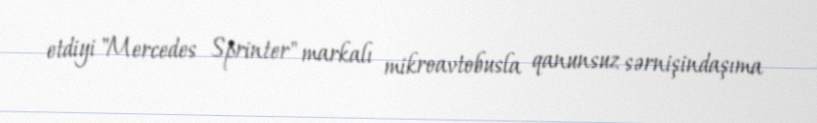
etdiyi "Mercedes Sprinter" markalı mikroavtobusla qanunsuz sərnişindaşıma